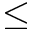
\le